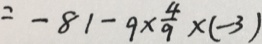
= - 8 1 - 9 \times \frac { 4 } { 9 } \times ( - 3 )